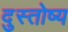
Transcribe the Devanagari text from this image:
दुस्तोष्य